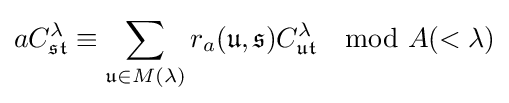
aC_{\mathfrak {st}}^{\lambda }\equiv \sum _{{\mathfrak {u}}\in M(\lambda )}r_{a}({\mathfrak {u}},{\mathfrak {s}})C_{\mathfrak {ut}}^{\lambda }\mod A(<\lambda )